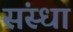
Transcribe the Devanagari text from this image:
संस्धा